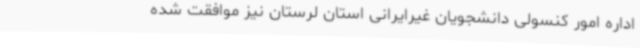
اداره امور کنسولی دانشجویان غیرایرانی استان لرستان نیز موافقت شده